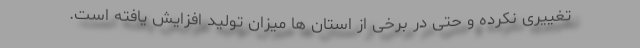
تغییری نکرده و حتی در برخی از استان ها میزان تولید افزایش یافته است.